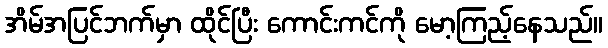
အိမ်အပြင်ဘက်မှာ ထိုင်ပြီး ကောင်းကင်ကို မော့ကြည့်နေသည်။